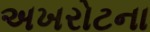
અખરોટના